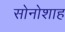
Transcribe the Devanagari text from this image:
सोनोशाह